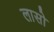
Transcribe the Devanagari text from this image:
लासो